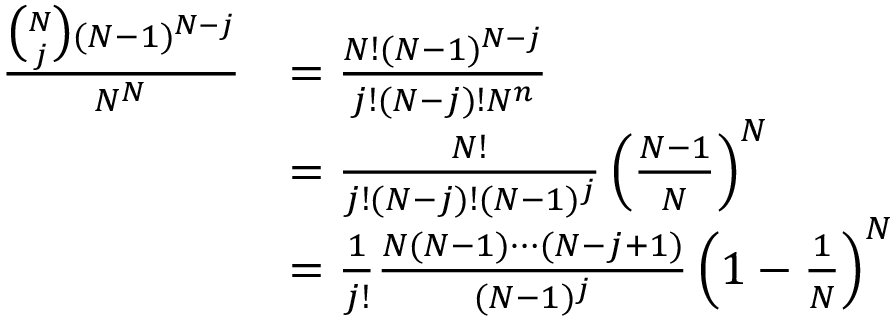
\begin{array} { r l } { \frac { \binom N j ( N - 1 ) ^ { N - j } } { N ^ { N } } } & { = \frac { N ! ( N - 1 ) ^ { N - j } } { j ! ( N - j ) ! N ^ { n } } } \\ & { = \frac { N ! } { j ! ( N - j ) ! ( N - 1 ) ^ { j } } \left( \frac { N - 1 } N \right) ^ { N } } \\ & { = \frac 1 { j ! } \frac { N ( N - 1 ) \cdots ( N - j + 1 ) } { ( N - 1 ) ^ { j } } \left( 1 - \frac 1 N \right) ^ { N } } \end{array}